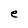
Character: e